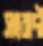
সংবাদী